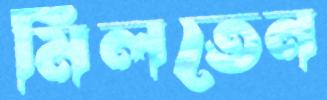
মিলতেন